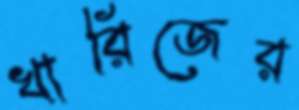
খারিজের